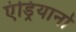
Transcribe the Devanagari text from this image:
एंड्रियानो